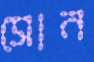
সোন